Annual report of the Civil Veterinary Department, Bengal, for the year 1897-98 - 1897-1898
Year: 1897
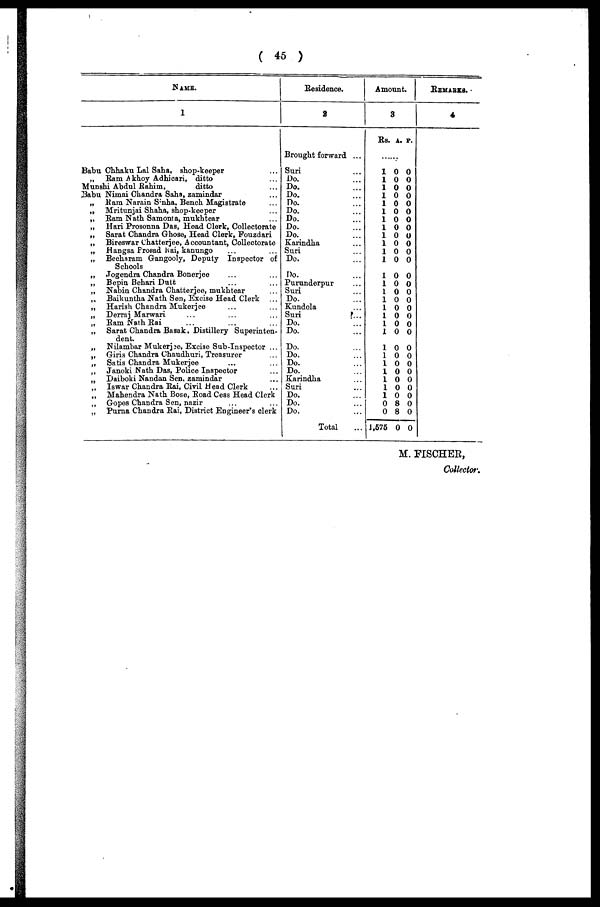
( 45 )
NAME.
1
Babu Chhaku Lal Saha, shop-keeper ...
„ Ram A khoy Adhicari, ditto ...
Munshi Abdul
Rahim,
ditto ...
Babu Nimai Chandra Saha, zamindar ...
„ Ram Narain Sinha, Bench Magistrate ...
„ Mritunjai Shaha, shop-keeper ...
„ Ram Nath Samonta, mukhtear ...
„ Hari Prosonna Das, Head Clerk, Collectorate
„ Sarat Chandra Ghose, Head Clerk, Fouzdari
„ Bireswar Chatterjee, Accountant, Collectorate
„ Hangsa Prosad Rai, kanungo ... ...
„ Becharam Gangooly, Deputy Inspector of
Schools
„
Jogendra Chandra Bonerjee ... ...
„ Bepin Behari Dutt ... ...
„ Nabin Chandra Chatterjee, mukhtear ...
„ Baikuntha Nath Sen, Excise Head Clerk ...
„ Harish Chandra Mukerjee ... ...
„ Derraj Marwari ... ... ...
„ Ram Nath Rai ... ... ...
„ Sarat Chandra Basak, Distillery Superinten-
dent.
„ Nilambar Mukerjee, Excise Sub-Inspector ...
„ Giris Chandra Chaudhuri, Treasurer ...
„ Satis Chandra Mukerjee ... ...
„ Janoki Nath Das, Police Inspector ...
„ Daiboki Nandan Sen, zamindar ...
„ Iswar Chandra Rai, Civil Head Clerk ...
„ Mahendra Nath Bose, Road Cess Head Clerk
„ Gopes Chandra Sen, nazir ... ...
„ Purna Chandra Rai, District Engineer's clerk
Residence.
2
Brought forward ...
Suri ...
Do. ...
Do. ...
Do. ...
Do. ...
Do. ...
Do. ...
Do. ...
Do. ...
Karindha ...
Suri ...
Do. ...
Do. ...
Purunderpur ...
Suri ...
Do. ...
Kundola ...
Suri ...
Do. ...
Do. ...
Do. ...
Do. ...
Do. ...
Do. ...
Karindha ...
Suri ...
Do. ...
Do. ...
Do. ...
Total ...
Amount.
3
Rs.
..
1
1
1
1
1
1
1
1
1
1
1
1
1
1
1
1
1
1
1
1
1
1
1
1
1
1
1
0
0
1,575
A.
..
0
0
0
0
0
0
0
0
0
0
0
0
0
0
0
0
0
0
0
0
0
0
0
0
0
0
0
8
8
0
P.
..
0
0
0
0
0
0
0
0
0
0
0
0
0
0
0
0
0
0
0
0
0
0
0
0
0
0
0
0
0
0
REMARKS.
4
M. FISCHER,
Collector.